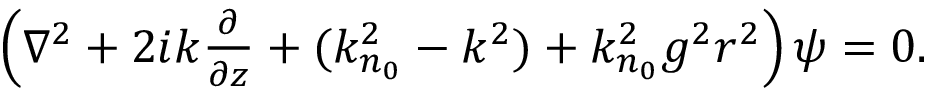
\begin{array} { r } { \left( \nabla ^ { 2 } + 2 i k \frac { \partial } { \partial z } + ( k _ { n _ { 0 } } ^ { 2 } - k ^ { 2 } ) + k _ { n _ { 0 } } ^ { 2 } g ^ { 2 } r ^ { 2 } \right) \psi = 0 . } \end{array}